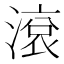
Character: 滾